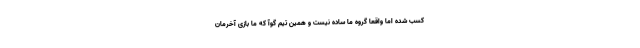
کسب شده اما واقعا گروه ما ساده نیست و همین تیم گوآ که ما بازی آخرمان